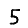
Digit: 5